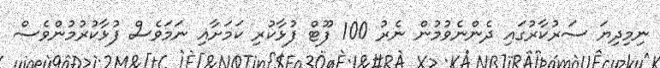
ނިމިދިޔަ ސަރުކާރުގައި ދެންނެވުމުން ނެރު 100 ފޫޓް ފުޅާކުރި ކަމަށާއި ނަމަވެސް ފުޅާކުރުމުންވެސް